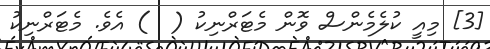
[3] މިއީ ކުލެމެންސް ވޮން މެޓަރްނިކު (  ) އެވެ. މެޓަރްނިކު